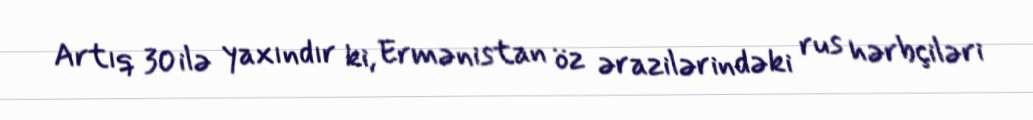
Artıq 30 ilə yaxındır ki, Ermənistan öz ərazilərindəki rus hərbçiləri